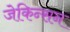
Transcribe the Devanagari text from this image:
जेकिन्सन